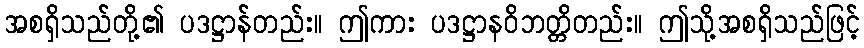
အစရှိသည်တို့၏ ပဒဋ္ဌာန်တည်း။ ဤကား ပဒဋ္ဌာနဝိဘတ္တိတည်း။ ဤသို့အစရှိသည်ဖြင့်